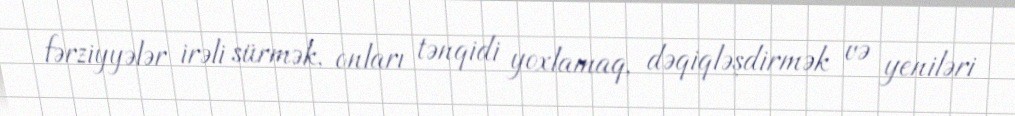
fərziyyələr irəli sürmək, onları tənqidi yoxlamaq, dəqiqləşdirmək və yeniləri